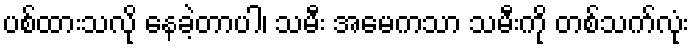
ပစ်ထားသလို နေခဲ့တာပါ၊ သမီး အမေကသာ သမီးကို တစ်သက်လုံး